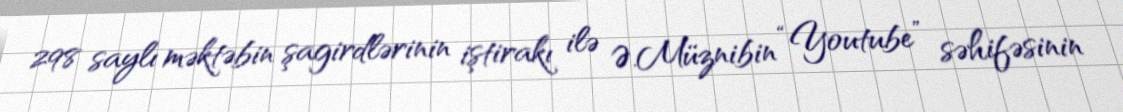
298 saylı məktəbin şagirdlərinin iştirakı ilə Ə.Müznibin “Youtube” səhifəsinin